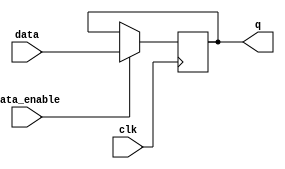
module data_enable_latch(
    input data,
    input data_enable,
    input clk,
    output reg q
);

always @(posedge clk) begin
    if(data_enable) begin
        q <= data;
    end
end

endmodule